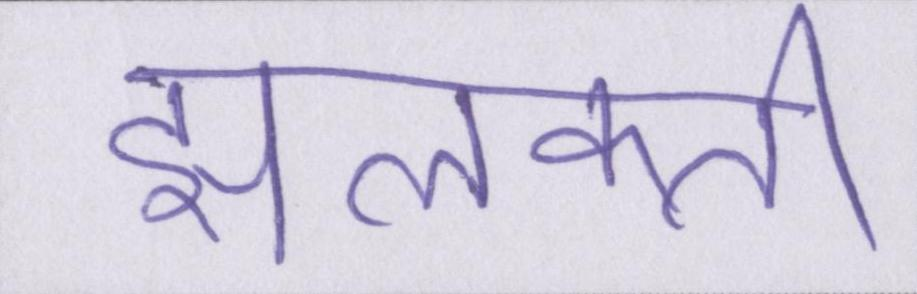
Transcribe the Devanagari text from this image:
झलकती